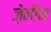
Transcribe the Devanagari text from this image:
ज़ेनौन